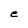
Character: e